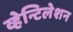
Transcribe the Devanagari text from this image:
व्हेन्टिलेशन